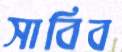
সাবিব